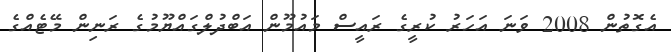
އެގޮތުން 2008 ވަނަ އަހަރު ކުރީގެ ރައީސް މައުމޫން އަބްދުލްގައްޔޫމުގެ ރަނިން މޭޓެއްގެ